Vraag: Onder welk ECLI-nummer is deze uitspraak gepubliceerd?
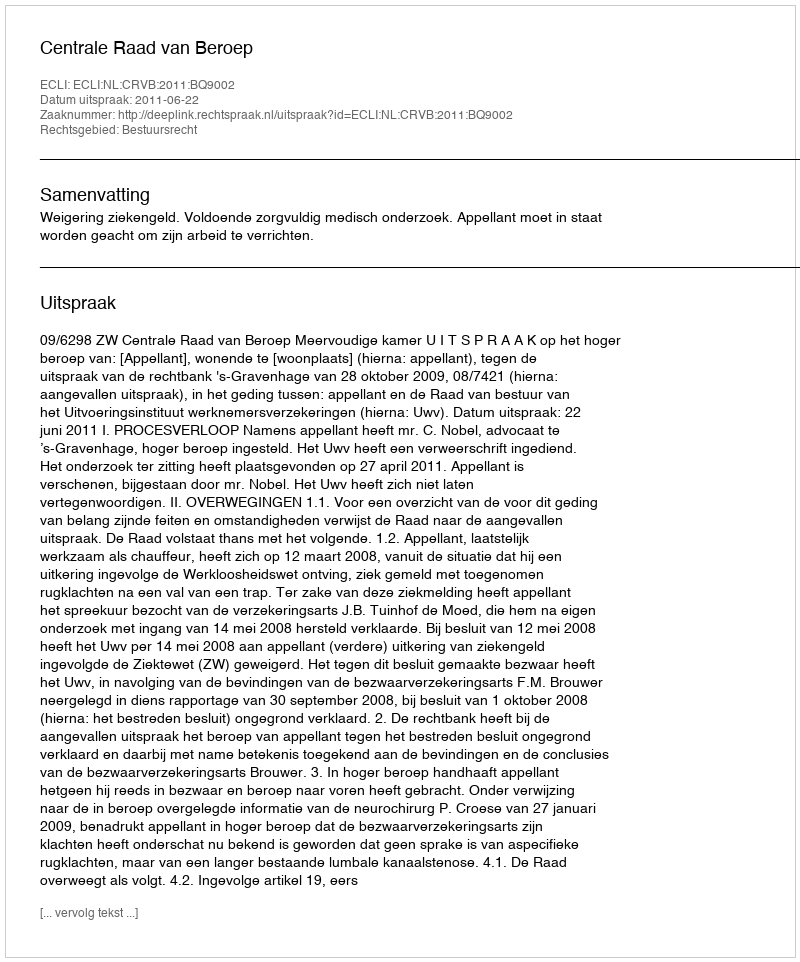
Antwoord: ECLI:NL:CRVB:2011:BQ9002